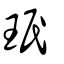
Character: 珉